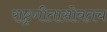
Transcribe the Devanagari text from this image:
राष्ट्रगीतासोबतच